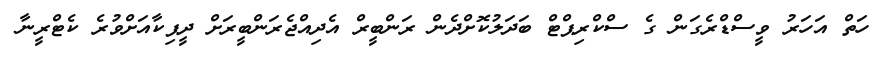
ހަތް އަހަރު ވީސްޑްރެގަން ގެ ސްކްރިޕްޓް ބަދަލުކޮށްދެން ރަންބީރް އެދިއްޖެރަންބީރަށް ދީޕިކާއަށްވުރެ ކެޓްރީނާ